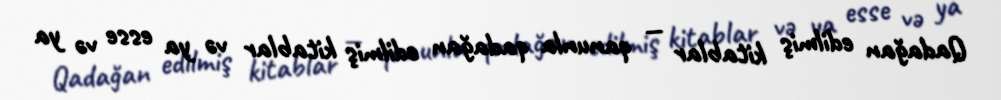
Qadağan edilmiş kitablar — qanunla qadağan edilmiş kitablar və ya esse və ya